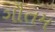
ગૌતમ